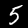
Label: 5